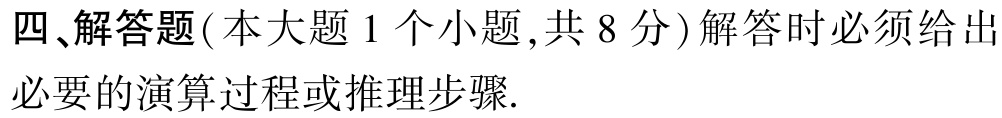
四、解答题(本大题 1 个小题,共 8 分)解答时必须给出必要的演算过程或推理步骤.